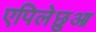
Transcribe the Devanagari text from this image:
एपिलेछुआ